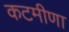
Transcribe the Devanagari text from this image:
कटमीणा